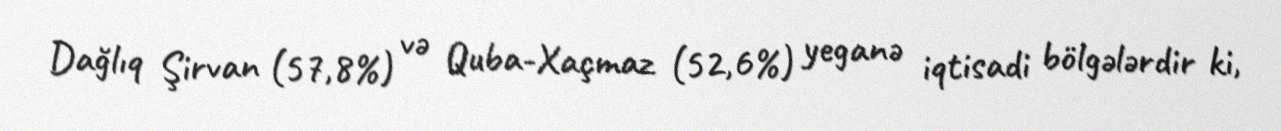
Dağlıq Şirvan (57,8%) və Quba-Xaçmaz (52,6%) yeganə iqtisadi bölgələrdir ki,